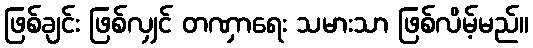
ဖြစ်ချင်း ဖြစ်လျှင် တဏှာရေး သမားသာ ဖြစ်လိမ့်မည်။